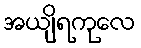
အယျိရကုလေ